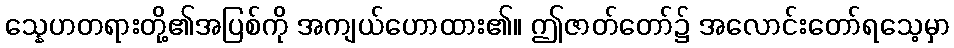
သ္နေဟတရားတို့၏အပြစ်ကို အကျယ်ဟောထား၏။ ဤဇာတ်တော်၌ အလောင်းတော်ရသေ့မှာ